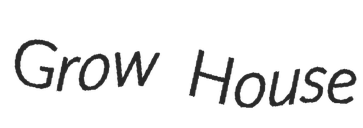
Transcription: Grow House